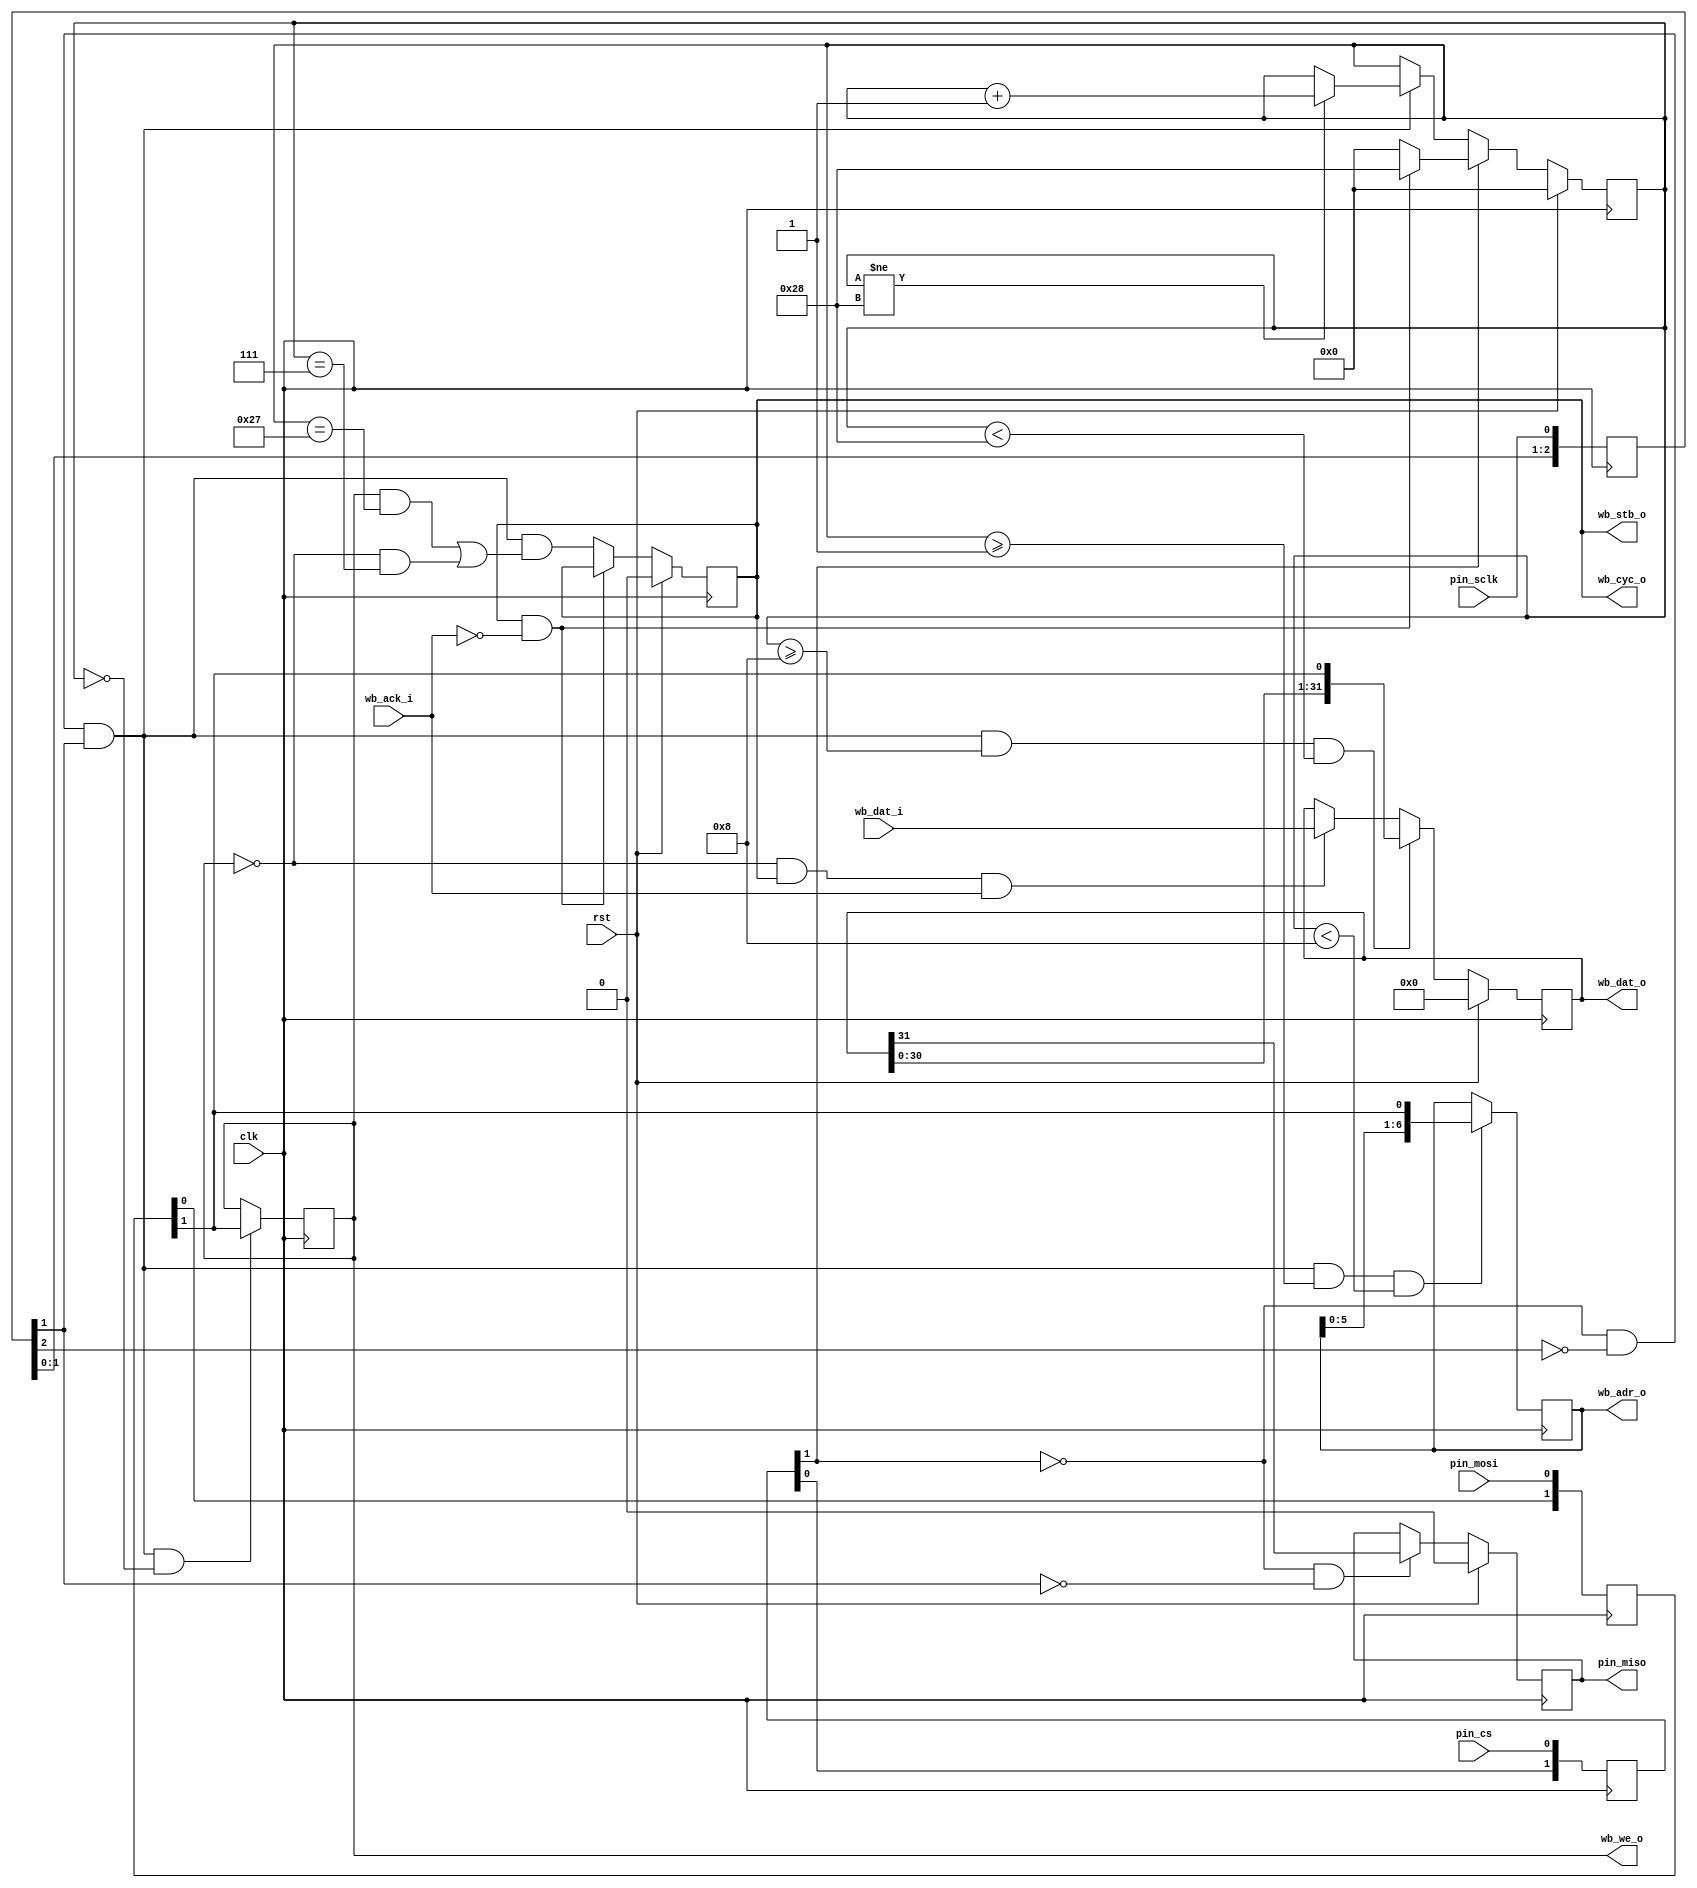
/* SPI to wishbone interface
 *
 * Copyright (c) 2024  Kevin O'Connor <kevin@koconnor.net>
 * SPDX-License-Identifier: Apache-2.0
 */

module spiwb (
    input clk, rst,

    input pin_cs, input pin_mosi, output pin_miso, input pin_sclk,

    output reg wb_stb_o, output wb_cyc_o, output wb_we_o,
    output [6:0] wb_adr_o,
    output [31:0] wb_dat_o,
    input [31:0] wb_dat_i,
    input wb_ack_i
    );

    // Buffers for inputs (avoid metastability)
    reg [1:0] buf_cs;
    always @(posedge clk)
        buf_cs <= { buf_cs[0], pin_cs };
    reg [1:0] buf_mosi;
    always @(posedge clk)
        buf_mosi <= { buf_mosi[0], pin_mosi };
    reg [2:0] buf_sclk;
    always @(posedge clk)
        buf_sclk <= { buf_sclk[1:0], pin_sclk };
    wire cs = buf_cs[1], mosi = buf_mosi[1], sclk = buf_sclk[1];

    // Detect rising edge of sclk
    wire is_sclk_rise = !cs && !buf_sclk[2] && buf_sclk[1];

    // State tracking for input message reading
    wire is_cmd_busy;
    localparam GET_RW=0, GET_ADDR=1, GET_DATA=8, DONE=40;
    reg [5:0] recv_state;
    always @(posedge clk) begin
        if (rst) begin
            recv_state <= GET_RW;
        end else if (cs) begin
            if (is_cmd_busy)
                recv_state <= DONE;
            else
                recv_state <= GET_RW;
        end else if (is_sclk_rise) begin
            if (recv_state != DONE)
                recv_state <= recv_state + 1;
        end
    end

    // Is a read or write spi request
    reg is_write;
    always @(posedge clk)
        if (is_sclk_rise && recv_state == GET_RW)
            is_write <= mosi;

    // Address of request
    reg [6:0] addr;
    always @(posedge clk)
        if (is_sclk_rise && recv_state >= GET_ADDR && recv_state < GET_DATA)
            addr <= { addr[5:0], mosi };

    // Data for a read/write requests
    wire is_read_data_avail;
    reg [31:0] req_data;
    always @(posedge clk) begin
        if (rst)
            req_data <= 0;
        else if (is_sclk_rise && recv_state >= GET_DATA && recv_state < DONE)
            req_data <= { req_data[30:0], mosi };
        else if (is_read_data_avail)
            req_data <= wb_dat_i;
    end
    reg miso;
    always @(posedge clk) begin
        if (rst)
            miso <= 0;
        else if (!cs && !sclk)
            miso <= req_data[31];
    end
    assign pin_miso = miso;

    // Indicate a wishbone request should be made
    wire is_spi_request = is_sclk_rise && ((is_write && recv_state == DONE - 1)
         || (!is_write && recv_state == GET_DATA - 1));

    // Create wishbone command request
    assign is_cmd_busy = wb_stb_o && !wb_ack_i;
    always @(posedge clk) begin
        if (rst)
            wb_stb_o <= 0;
        else if (!is_cmd_busy)
            wb_stb_o <= is_spi_request;
    end
    assign is_read_data_avail = !is_write && wb_stb_o && wb_ack_i;

    // Assign wishbone bus signals
    assign wb_cyc_o = wb_stb_o;
    assign wb_we_o = is_write;
    assign wb_adr_o = addr;
    assign wb_dat_o = req_data;

endmodule